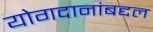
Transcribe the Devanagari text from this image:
योगदानांबद्दल